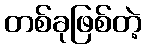
တစ်ခုဖြစ်တဲ့